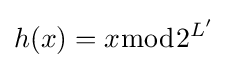
h(x)=x{\bmod {2^{L'}}}